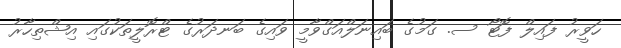
ހަވީރު ފައިލް ފޮޓޯ ސ. ގަމުގެ ބައިނަލްއަގްވާމީ ވައިގެ ބަނދަރުގެ ޓްރޮލީތަކުގައި އިޝްތިހާރު